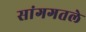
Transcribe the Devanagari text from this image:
सांगगतले